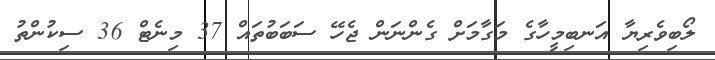
ލޯބިވެރިޔާ އަނބިމީހާގެ މަގާމަށް ގެންނަން ޖެހޭ ސަބަބުތައް 37 މިނެޓް 36 ސިކުންތު